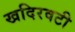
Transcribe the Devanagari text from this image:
खदिरवटी